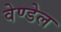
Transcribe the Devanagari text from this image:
वेण्डेल